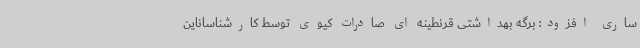
ساری افزود: برگه بهداشتی قرنطینه ای صادرات کیوی توسط کارشناساناین